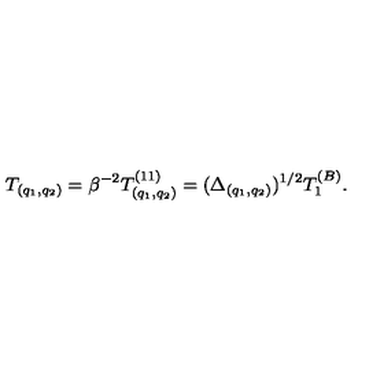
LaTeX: T _ { ( q _ { 1 } , q _ { 2 } ) } = \beta ^ { - 2 } T _ { ( q _ { 1 } , q _ { 2 } ) } ^ { ( 1 1 ) } = ( \Delta _ { ( q _ { 1 } , q _ { 2 } ) } ) ^ { 1 / 2 } T _ { 1 } ^ { ( B ) } .